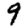
Digit: 9